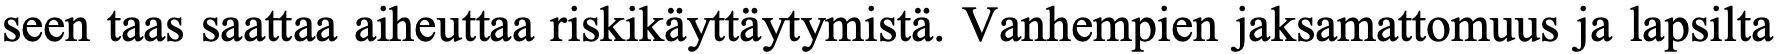
seen taas saattaa aiheuttaa riskikäyttäytymistä. Vanhempien jaksamattomuus ja lapsilta